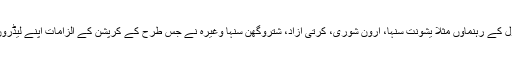
لیکن خود ان کی ہی پارٹی کے صف اوّل کے رہنماوں مثلاََ یشونت سنہا، ارون شوری، کرتی آزاد، شتروگھن سنہا وغیرہ نے جس طرح کے کرپشن کے الزامات اپنے لیڈروں پر لگائے ہیں ، کیا وہ بھی غلط ہیں ؟